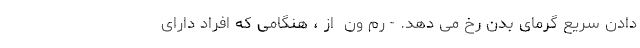
دادن سریع گرمای بدن رخ می دهد. - رم ون  از ، هنگامی که افراد دارای